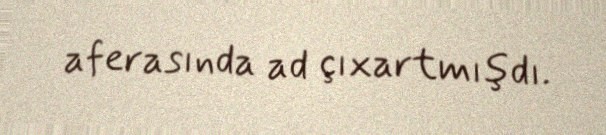
aferasında ad çıxartmışdı.